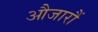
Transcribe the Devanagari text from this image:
औजारौं